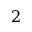
2